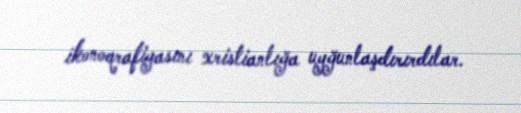
ikonoqrafiyasını xristianlığa uyğunlaşdırırdılar.